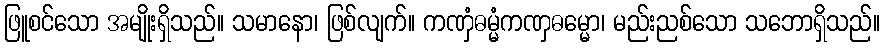
ဖြူစင်သော အမျိုးရှိသည်။ သမာနော၊ ဖြစ်လျက်။ ကဏှံဓမ္မံကဏှဓမ္မော၊ မည်းညစ်သော သဘောရှိသည်။